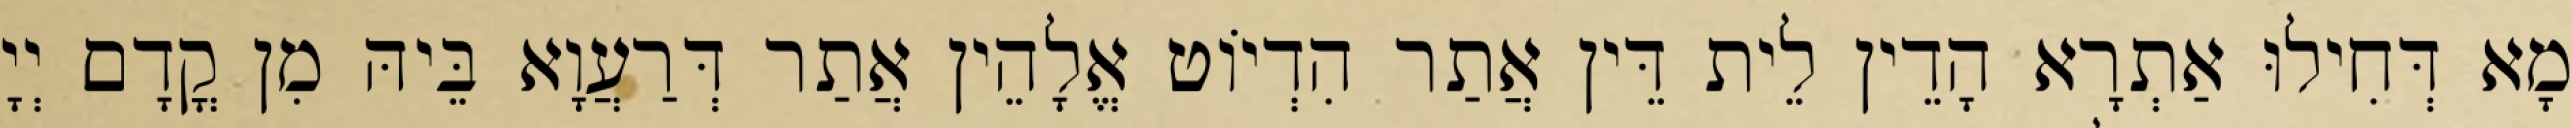
מָא דְּחִילוּ אַתְרָא הָדֵין לֵית דֵּין אֲתַר הִדְיוֹט אֱלָהֵין אֲתַר דְּרַעֲוָא בֵּיהּ מִן קֳדָם יְיָ